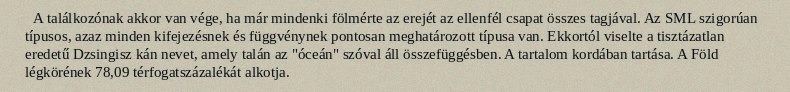
A találkozónak akkor van vége, ha már mindenki fölmérte az erejét az ellenfél csapat összes tagjával. Az SML szigorúan típusos, azaz minden kifejezésnek és függvénynek pontosan meghatározott típusa van. Ekkortól viselte a tisztázatlan eredetű Dzsingisz kán nevet, amely talán az "óceán" szóval áll összefüggésben. A tartalom kordában tartása. A Föld légkörének 78,09 térfogatszázalékát alkotja.